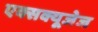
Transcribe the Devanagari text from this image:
एक्सक्यूजेज